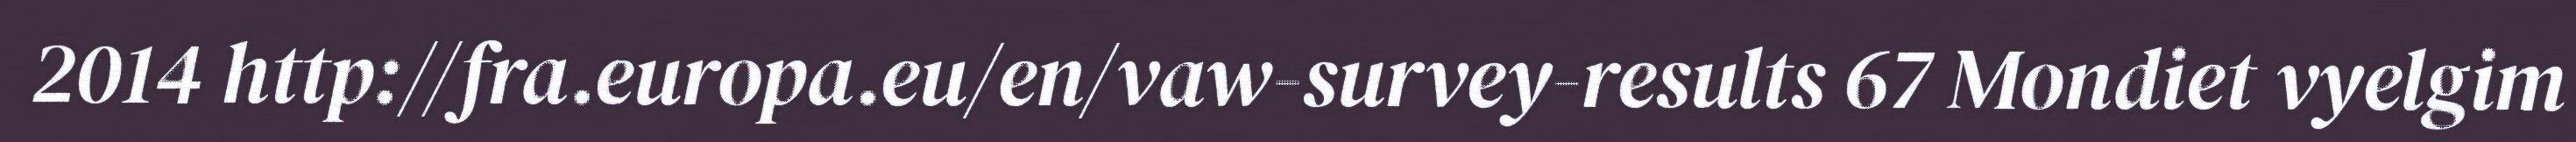
2014 http://fra.europa.eu/en/vaw-survey-results 67 Mondiet vyelgim